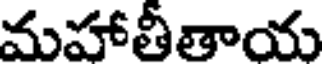
మహాతీతాయ